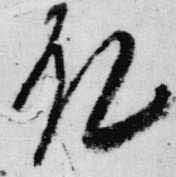
殿